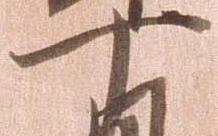
十